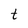
Character: t